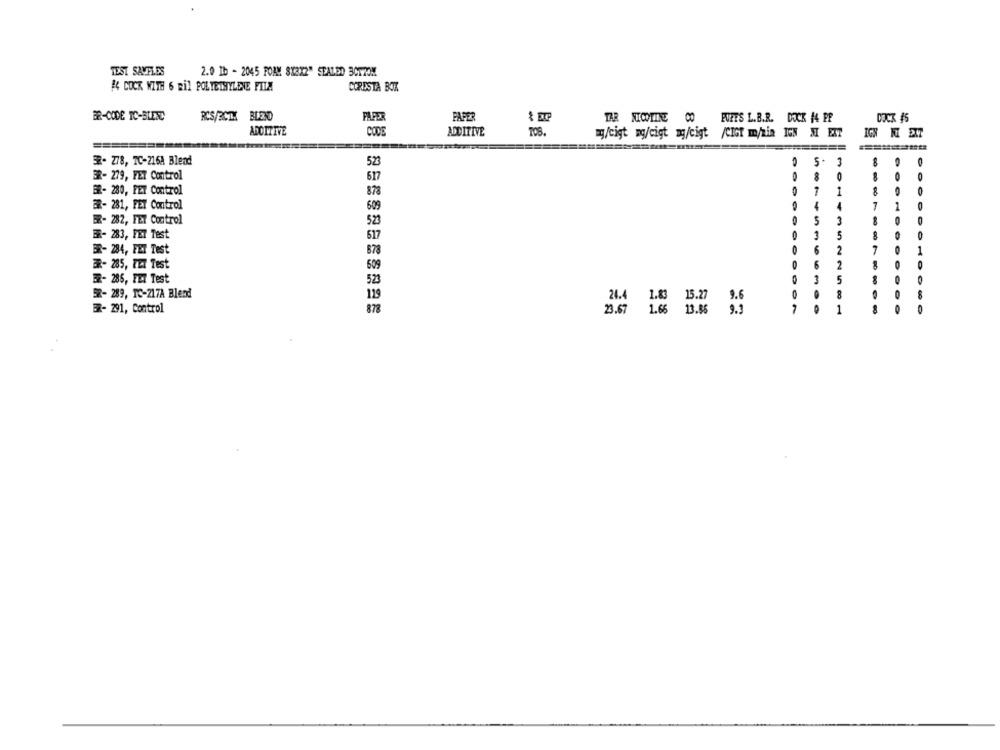
TEST SAVELES
2.0 Ib - 2045 FOAM 8X3X2" SEALED 30170M
# COCK WITH 6 mil POLYETHYLENE FILM
CORESTA BOK
BR-CODE TC-BLEND
RCS/3CTX BLEND
PAPE
PAPER
TAR NICOTINE 00 FUFES L.B.R. DOCK #4 PP
ADDITIVE
CODE
ADDITIVE
TOS.
my/cigt mg/cigt my/cigt /CIGT m/min IGN SI EXT
IGH KI EXT
52- 278, TC-216A Blend
523
-
5.
3
8
3- 279, FET Control
617
8
0
BR- 280, PET Control
878
1
ER- 281, FET Control
609
4
4
7
1
0
EZ- 282, FET Control
523
3
3
0
ER- 283, FET Test
617
3
5
BR- 284, FET Test
B78
2
7
1
ER- 285, FET Test
609
6
2
O
3
ER- 286, FET Test
523
5
52- 289, IC-217A Blend
24.4
1.83 15.27 9.6
8
878
7
ER- 291, Control
23.67 1.66 13.86
1